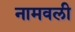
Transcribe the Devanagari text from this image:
नामवली